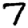
Digit: 7